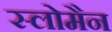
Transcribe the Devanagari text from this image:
स्लोमैन